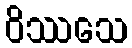
ဝိဿသေ